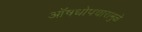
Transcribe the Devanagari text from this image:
ऑषधोपचारामुळे